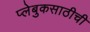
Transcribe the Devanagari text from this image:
प्लेबुकसाठीची